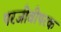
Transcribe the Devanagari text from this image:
परजीवीपरक